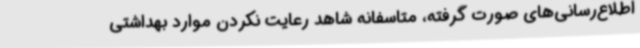
اطلاع‌رسانی‌های صورت گرفته، متاسفانه شاهد رعایت نکردن موارد بهداشتی